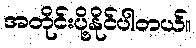
အတိုင်းပို့နိုင်ပါတယ်။